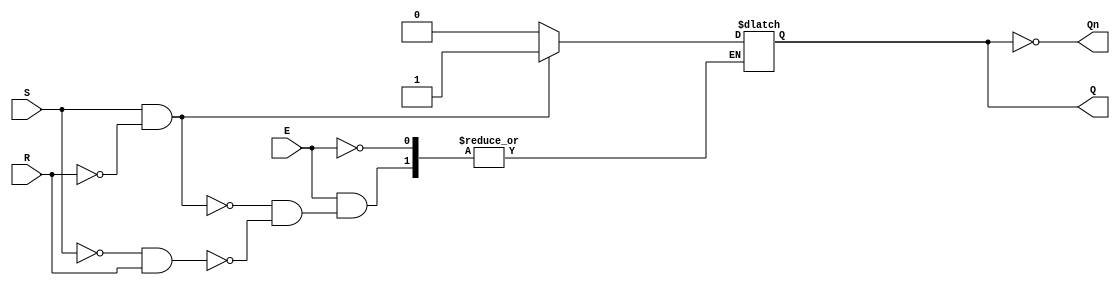
module gated_sr_latch (
    input wire S,      // Set input
    input wire R,      // Reset input
    input wire E,      // Enable input
    output reg Q,      // Output Q
    output wire Qn     // Complementary output (not Q)
);

    assign Qn = ~Q; // Complementary output

    always @ (E or S or R) begin
        if (E) begin
            if (S && !R) begin
                Q <= 1'b1; // Set Q to high
            end else if (!S && R) begin
                Q <= 1'b0; // Reset Q to low
            end
            // If both S and R are high, the state is indeterminate
            // If both S and R are low, maintain the current state
        end
        // If E is low, maintain the current state (no change)
    end

endmodule